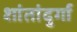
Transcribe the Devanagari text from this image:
शांतांदुर्गा